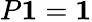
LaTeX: P\mathbf{1}=\mathbf{1}